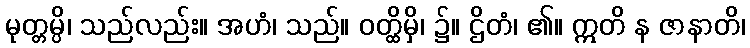
မုတ္တမ္ပိ၊ သည်လည်း။ အဟံ၊ သည်။ ဝတ္ထိမှိ၊ ၌။ ဌိတံ၊ ၏။ ဣတိ န ဇာနာတိ၊